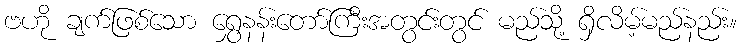
ဗဟို ချက်ဖြစ်သော ရွှေနန်းတော်ကြီးအတွင်းတွင် မည်သို့ ရှိလိမ့်မည်နည်း။